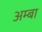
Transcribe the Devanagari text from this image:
अम्‍बा